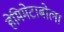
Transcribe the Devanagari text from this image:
हेमिमेटाबोला